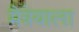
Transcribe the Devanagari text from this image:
मैत्रेयाला